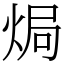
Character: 焗